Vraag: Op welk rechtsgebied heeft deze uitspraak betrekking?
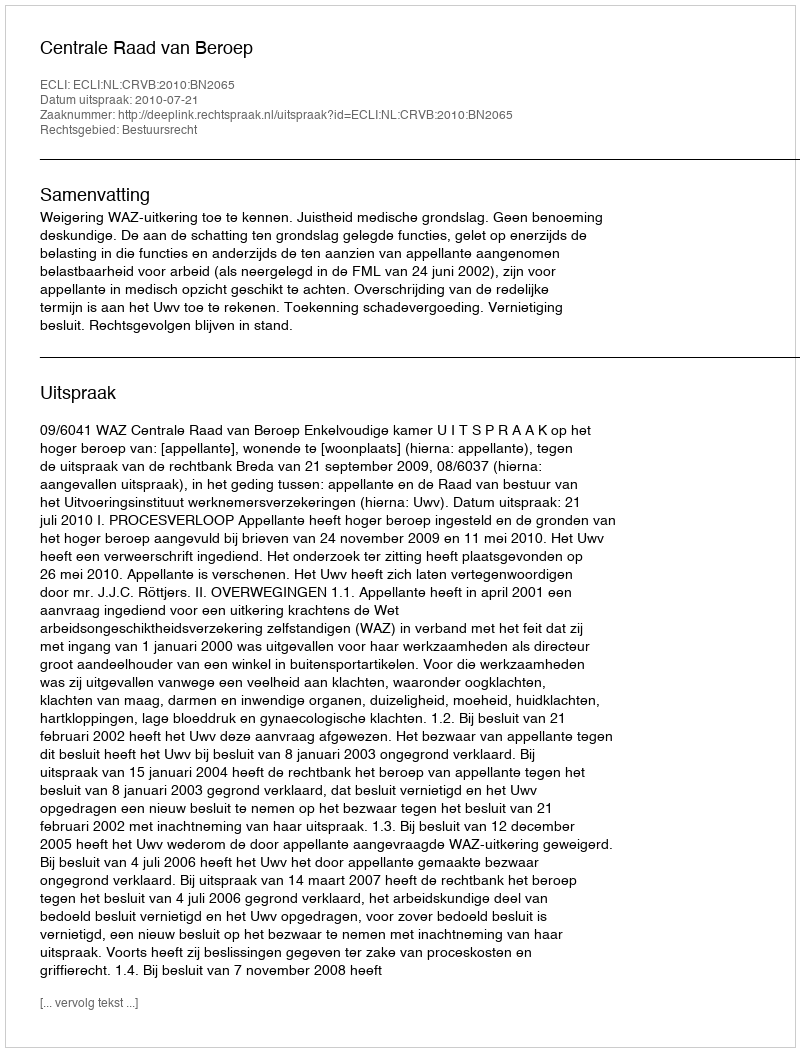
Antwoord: Bestuursrecht